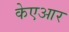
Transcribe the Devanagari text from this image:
केएआर